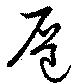
扈